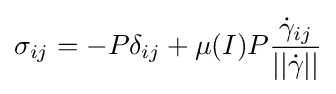
\sigma _{ij}=-P\delta _{ij}+\mu (I)P{\frac {{\dot {\gamma }}_{ij}}{||{\dot {\gamma }}||}}